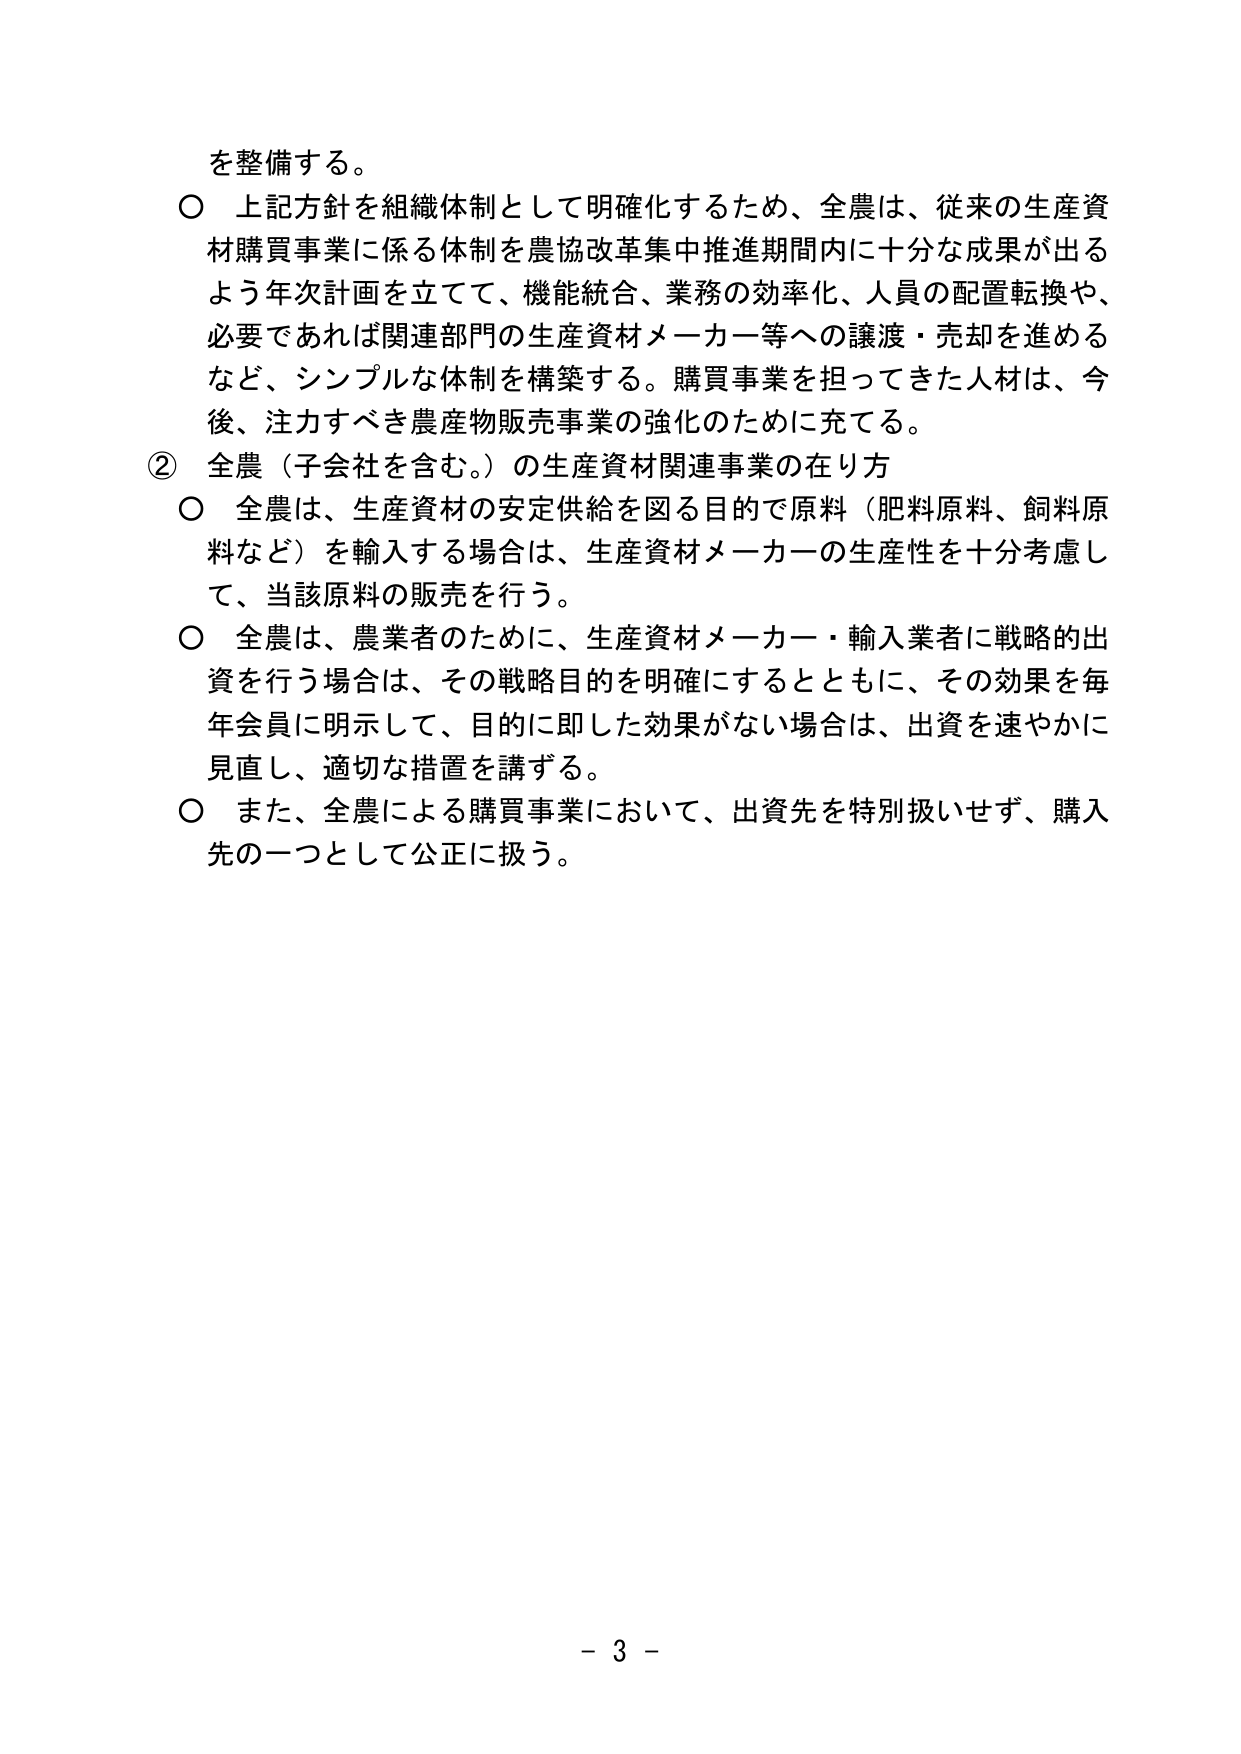
を整備する。
○ 上記方針を組織体制として明確化するため、全農は、従来の生産資
材購買事業に係る体制を農協改革集中推進期間内に十分な成果が出る
よう年次計画を立てて、機能統合、業務の効率化、人員の配置転換や、
必要であれば関連部門の生産資材メーカー等への譲渡・売却を進める
など、シンプルな体制を構築する。購買事業を担ってきた人材は、今
後、注力すべき農産物販売事業の強化のために充てる。
② 全農（子会社を含む。）の生産資材関連事業の在り方
○ 全農は、生産資材の安定供給を図る目的で原料（肥料原料、飼料原
料など）を輸入する場合は、生産資材メーカーの生産性を十分考慮し
て、当該原料の販売を行う。
○ 全農は、農業者のために、生産資材メーカー・輸入業者に戦略的出
資を行う場合は、その戦略目的を明確にするとともに、その効果を毎
年会員に明示して、目的に即した効果がない場合は、出資を速やかに
見直し、適切な措置を講ずる。
○ また、全農による購買事業において、出資先を特別扱いせず、購入
先の一つとして公正に扱う。
- 3 -